Vabadussoja_Ajaloo_Komitee, lk 5
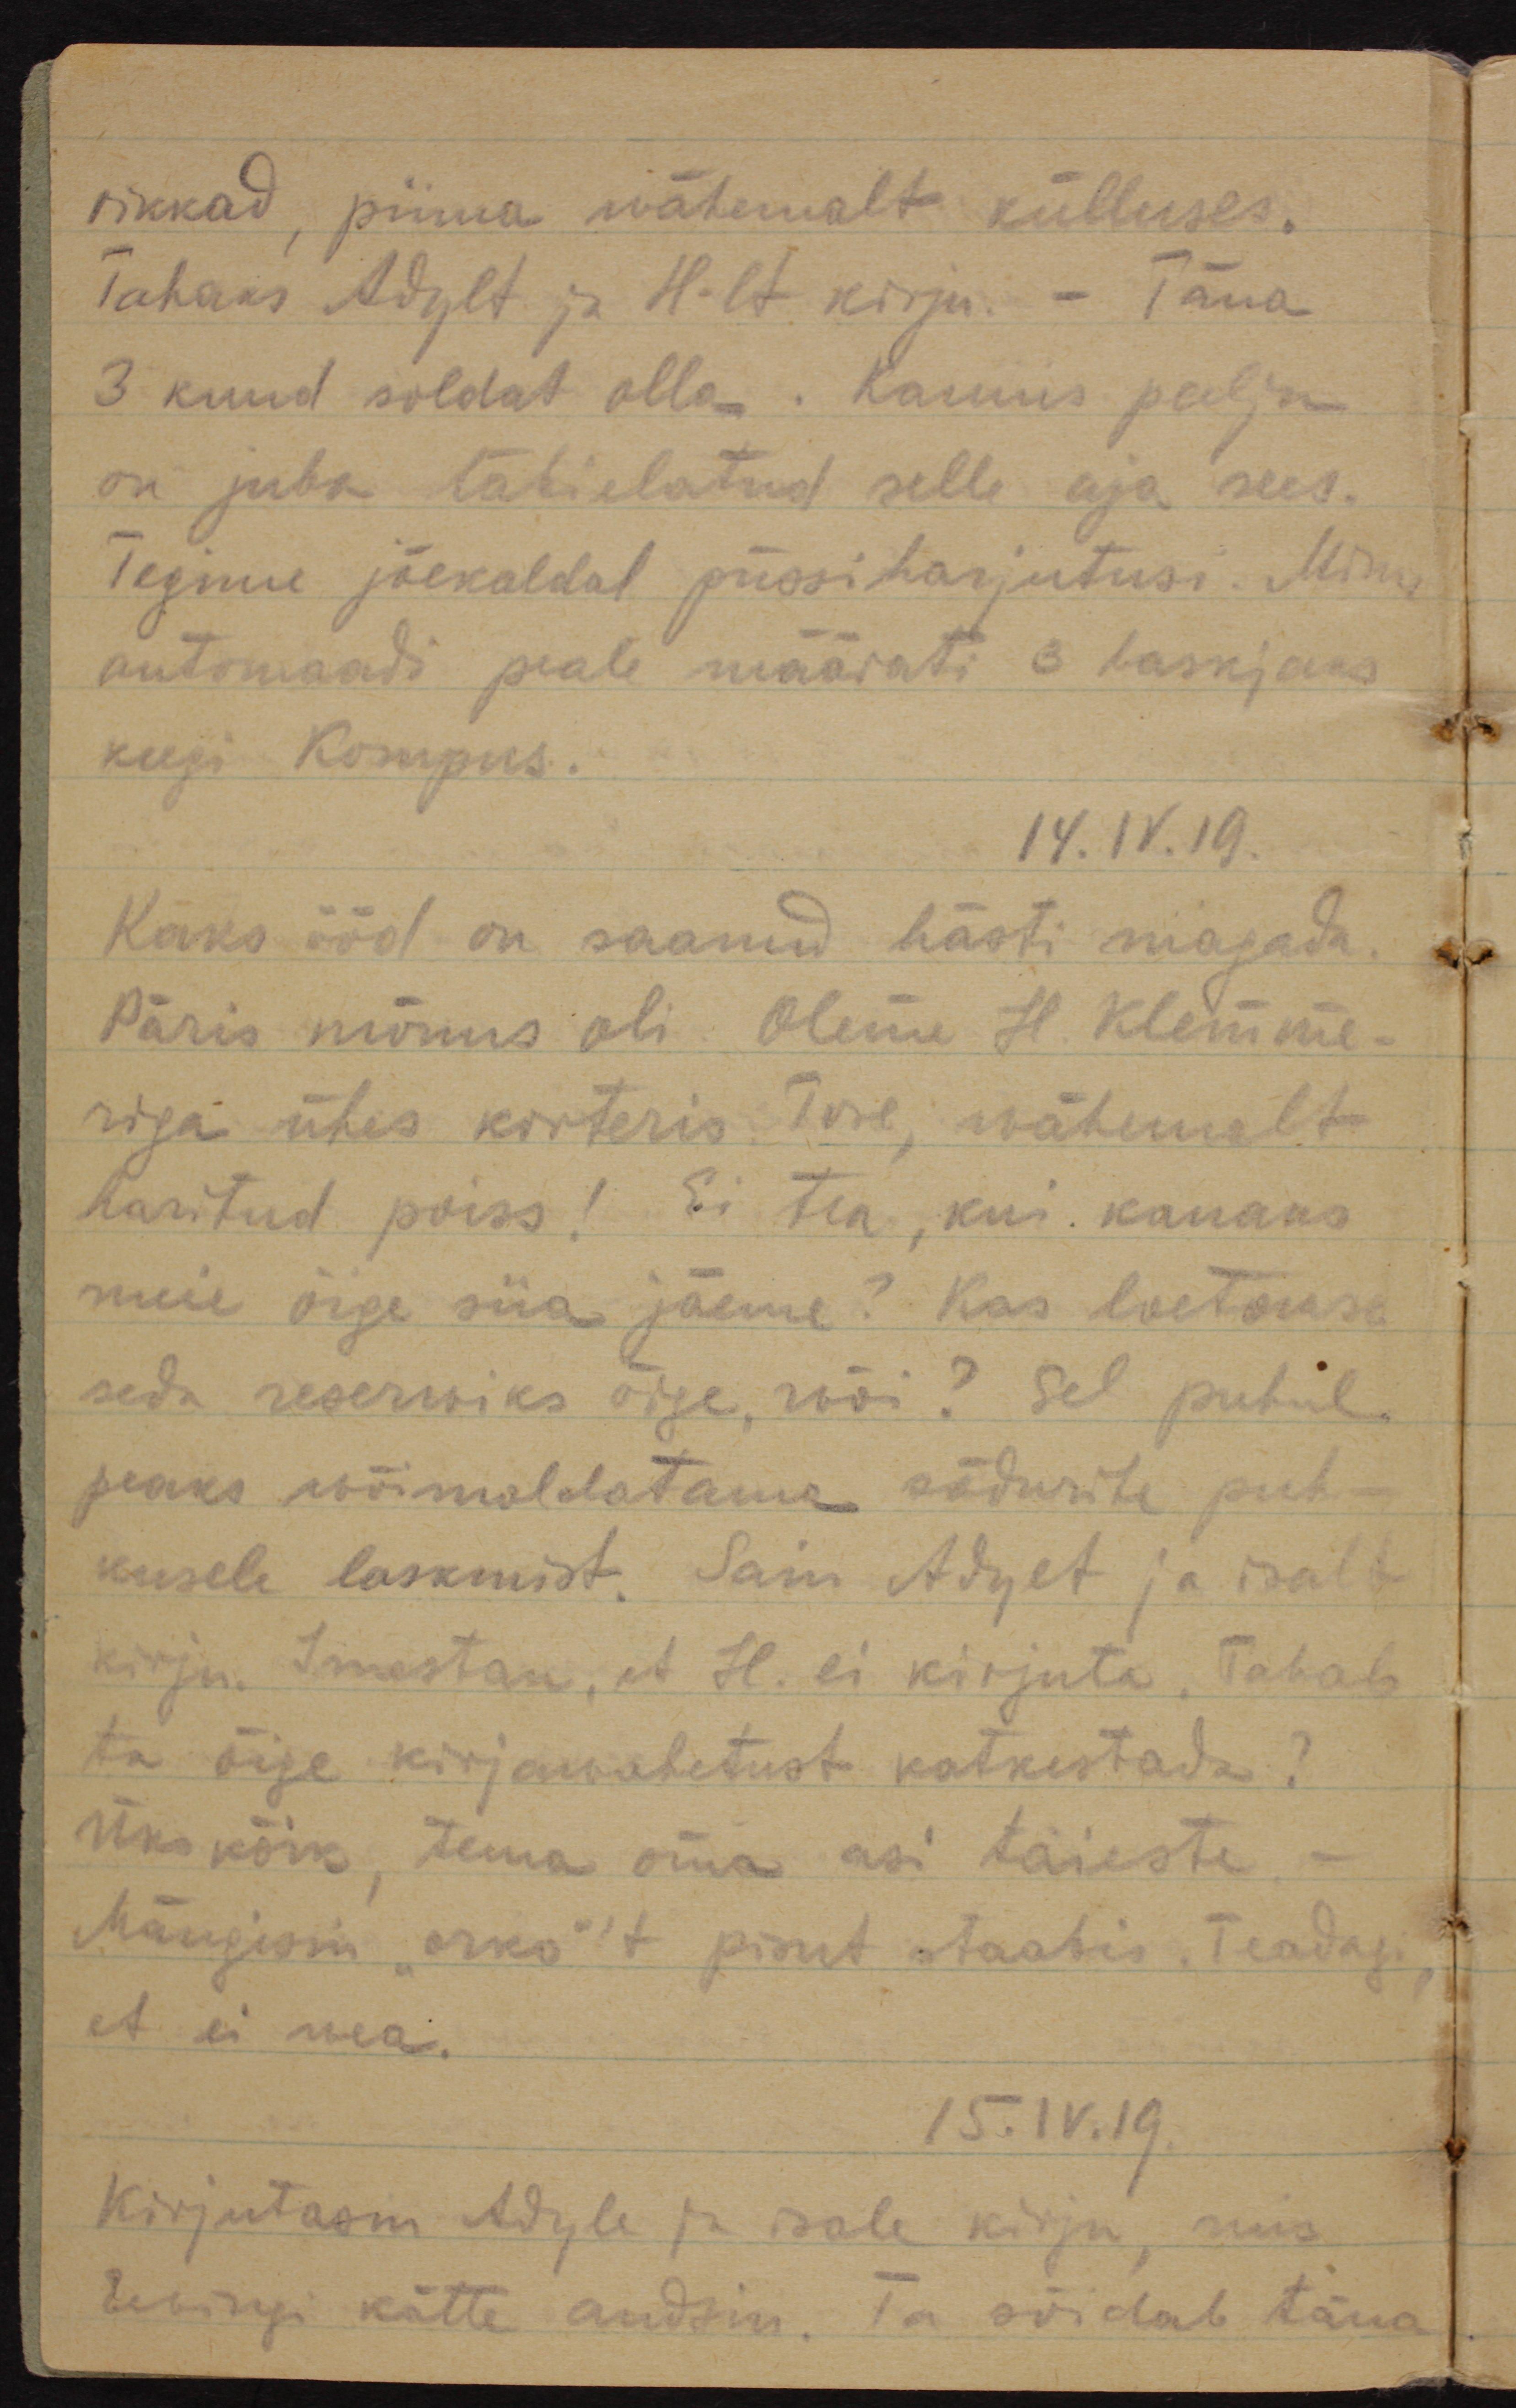
rikkad, piima wähemalt külluses.
Tahaks Adylt ja H-lt kirju - Täna
3 kuud soldat olla. Kaunis palju
on juba läbielatud selle aja sees.
Tegime jõekaldal püssiharjutusi. Minu
automaadi peale määrati 3 laskjaks
keegi Kompus.
14.IV.19
Kaks ööd on saanud hästi magada.
Päris mõnus oli. Oleme H. Klemme-
riga ühes korteris. Tore, vähemalt
haritud poiss! Ei tea, kui kauaks
meie õige siia jääme? Kas loetakse
seda reserwiks õige, wõi? Sel puhul
peaks wõimaldatama sõdurite puh-
kusele laskmist. Sain Adylt ja isalt
kirju. Imestan, et H. ei kirjuta. Tahab
ta õige kirjawahetust katkestada?
Üks kõik, tema oma asi täiesti
Mängisin "orko"´t pisut staabis.  Teadagi
et ei wea.
15.IV.19.
Kirjutasin Adyle ja isale kirju, mis
Elbingi kätte andsin. Ta sõidab täna